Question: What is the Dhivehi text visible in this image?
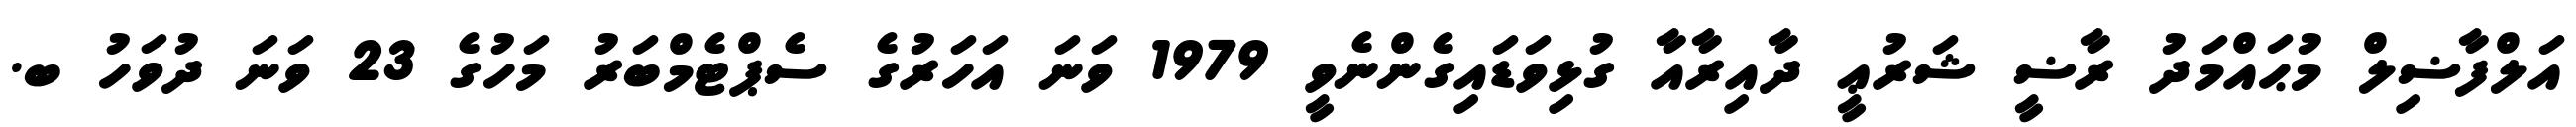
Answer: އަލްފާޟިލް މުޙައްމަދު ރާޟީ ޝަރުޢީ ދާއިރާއާ ގުޅިވަޑައިގެންނެވީ 1979 ވަނަ އަހަރުގެ ސެޕްޓެމްބަރު މަހުގެ 23 ވަނަ ދުވަހު ބ.